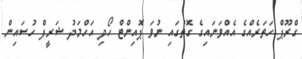
ގްރޫޕް ހަތަރެއްގެ އެއްވަނައިގެ ގޮތުގައި ނުވަ ޕޮއިންޓް ހޯދި އަހްމަދު ޝަރީފް ހުސައިން